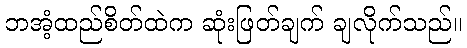
ဘအံ့ထည်စိတ်ထဲက ဆုံးဖြတ်ချက် ချလိုက်သည်။